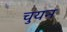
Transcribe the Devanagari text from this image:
चुयन